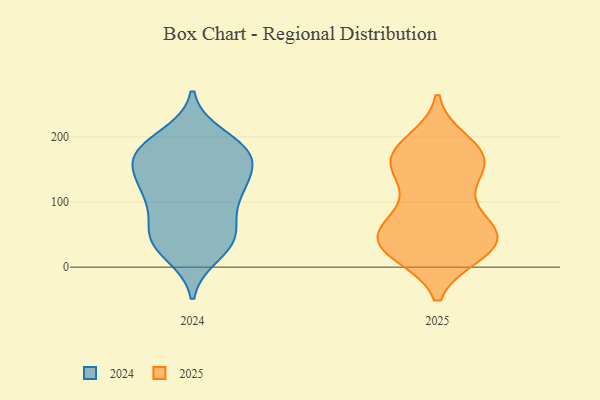
{"axis": {"x": "Population (Million)", "y": "Value"}, "legend": ["2024", "2025"], "data": [{"x": "", "y": 39, "type": "2025"}, {"x": "", "y": 191, "type": "2025"}, {"x": "", "y": 37, "type": "2025"}, {"x": "", "y": 65, "type": "2025"}, {"x": "", "y": 39, "type": "2025"}, {"x": "", "y": 171, "type": "2025"}, {"x": "", "y": 33, "type": "2025"}, {"x": "", "y": 180, "type": "2025"}, {"x": "", "y": 26, "type": "2025"}, {"x": "", "y": 166, "type": "2025"}, {"x": "", "y": 142, "type": "2025"}, {"x": "", "y": 168, "type": "2025"}, {"x": "", "y": 145, "type": "2025"}, {"x": "", "y": 66, "type": "2025"}, {"x": "", "y": 168, "type": "2025"}, {"x": "", "y": 72, "type": "2025"}, {"x": "", "y": 60, "type": "2025"}, {"x": "", "y": 22, "type": "2025"}, {"x": "", "y": 25, "type": "2025"}, {"x": "", "y": 115, "type": "2025"}, {"x": "", "y": 182, "type": "2024"}, {"x": "", "y": 47, "type": "2024"}, {"x": "", "y": 184, "type": "2024"}, {"x": "", "y": 107, "type": "2024"}, {"x": "", "y": 119, "type": "2024"}, {"x": "", "y": 151, "type": "2024"}, {"x": "", "y": 53, "type": "2024"}, {"x": "", "y": 200, "type": "2024"}, {"x": "", "y": 111, "type": "2024"}, {"x": "", "y": 171, "type": "2024"}, {"x": "", "y": 36, "type": "2024"}, {"x": "", "y": 56, "type": "2024"}, {"x": "", "y": 39, "type": "2024"}, {"x": "", "y": 106, "type": "2024"}, {"x": "", "y": 21, "type": "2024"}, {"x": "", "y": 177, "type": "2024"}, {"x": "", "y": 168, "type": "2024"}, {"x": "", "y": 130, "type": "2024"}, {"x": "", "y": 163, "type": "2024"}]}